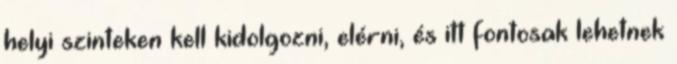
helyi szinteken kell kidolgozni, elérni, és itt fontosak lehetnek